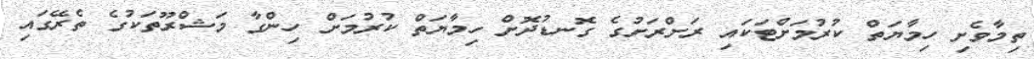
ތިމާވެށި ހިމާޔަތް ކުރުމަށްޓަކައި ރަށްރަށުގެ ގޮނޑުދޮށް ހިމާޔަތް ކުރުމަށް ހިންގާ މަޝްރޫތަކުގެ ތެރޭގައި